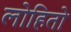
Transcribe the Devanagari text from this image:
लोहितो